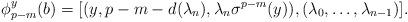
LaTeX: \begin{align*}\phi^y_{p-m}(b) = [(y,p-m-d(\lambda_n), \lambda_n \sigma^{p-m}(y)),(\lambda_0, \ldots, \lambda_{n-1})].\end{align*}